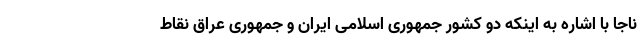
ناجا با اشاره به اینکه دو کشور جمهوری اسلامی ایران و جمهوری عراق نقاط